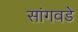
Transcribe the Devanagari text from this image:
सांगवडे